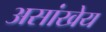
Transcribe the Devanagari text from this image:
असांखेय